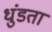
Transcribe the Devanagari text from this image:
धुंडता